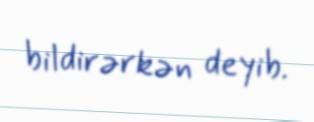
bildirərkən deyib.